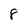
Character: 8